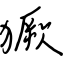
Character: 獗